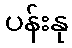
ပန်းနု